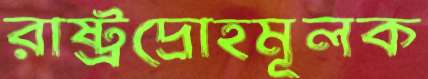
রাষ্ট্রদ্রোহমূলক